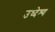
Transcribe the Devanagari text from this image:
उध्देश्य